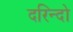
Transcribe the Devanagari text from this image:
दरिन्‍दो